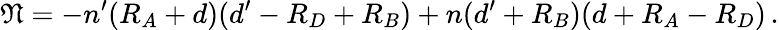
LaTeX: \mathfrak{N}=-n^{\prime}(R_{A}+d)(d^{\prime}-R_{D}+R_{B})+n(d^{\prime}+R_{B})(d+R_{A}-R_{D})\, .